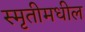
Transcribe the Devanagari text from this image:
स्मृतीमधील